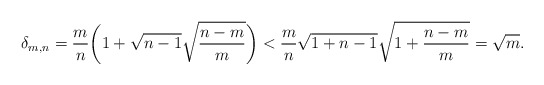
\begin{align*}\delta_{m,n} & = \frac{m}{n} \bigg( 1 + \sqrt{n-1} \sqrt{\frac{n-m}{m}} \bigg)< \frac{m}{n} \sqrt{1+n-1} \sqrt{ 1+ \frac{n-m}{m} }= \sqrt{m}.\end{align*}